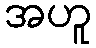
အဟူ